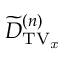
\widetilde { D } _ { \mathrm { T V _ { \it x } } } ^ { ( n ) }